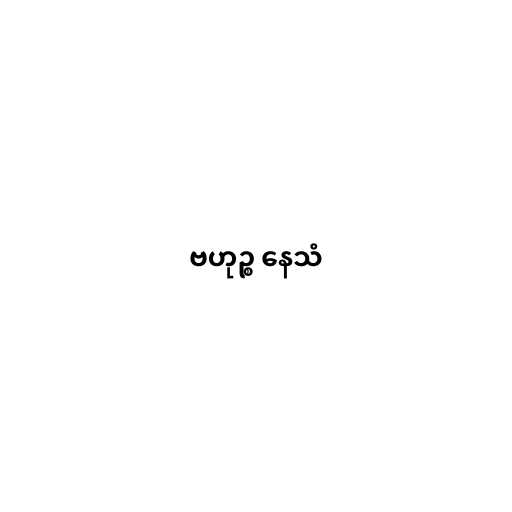
ဗဟုဉ္စ နေသံ